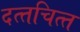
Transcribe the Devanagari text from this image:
दत्‍तचित्‍त